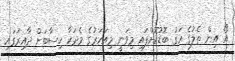
އޯ އިން ތެލުގެ އަގު ބޮޑުކޮށްފައި މިވަނީ މިއަހަރުގެ މެދަކާ ހިސާބަށް ދާއިރުގައި